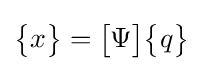
{\begin{Bmatrix}x\end{Bmatrix}}={\begin{bmatrix}\Psi \end{bmatrix}}{\begin{Bmatrix}q\end{Bmatrix}}